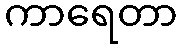
ကာရေတာ